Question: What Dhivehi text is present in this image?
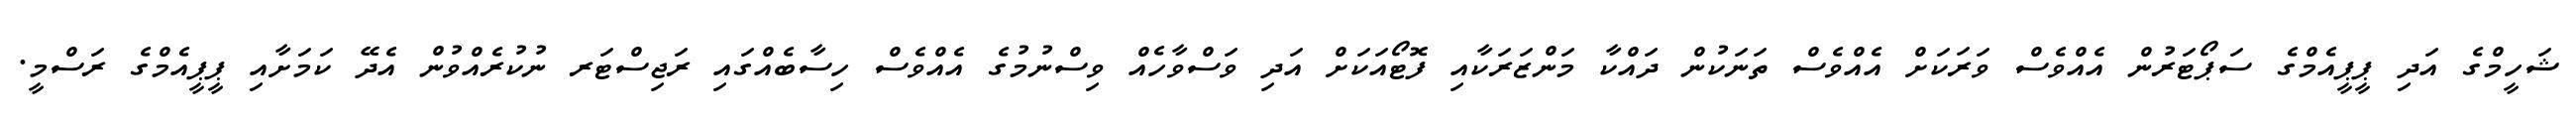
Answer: ޝަހީމްގެ އަދި ޕީޕީއެމްގެ ސަޕޯޓަރުން އެއްވެސް ވަރަކަށް އެއްވެސް ތަނަކުން ދައްކާ މަންޒަރަކާއި ފޮޓޯއަކަށް އަދި ވަސްވާހެއް ވިސްނުމުގެ އެއްވެސް ހިސާބެއްގައި ރަޖިސްޓަރ ނުކުރެއްވުން އެދޭ ކަމަށާއި ޕީޕީއެމްގެ ރަސްމީ.